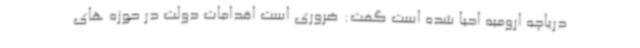
دریاچه ارومیه احیا شده است گفت: ضروری است اقدامات دولت در حوزه های